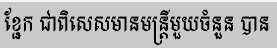
ខ្ជែក ជាពិសេសមានមន្ត្រីមួយចំនួន បាន